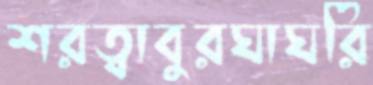
শরত্বাবুরঘাঘরি